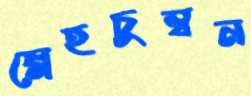
স্নেহচুম্বন